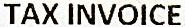
TAX INVOICE